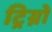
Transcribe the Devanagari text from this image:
ट्रिग्नो